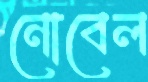
নোবেল